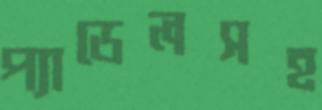
প্যাডেলসহ